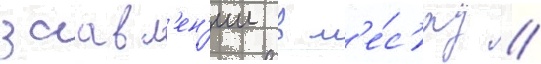
заавл'ен'ии в м'е́с'яц //